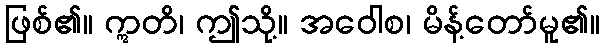
ဖြစ်၏။ ဣတိ၊ ဤသို့။ အဝေါစ၊ မိန့်တော်မူ၏။